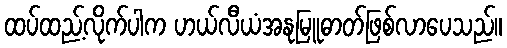
ထပ်ထည့်လိုက်ပါက ဟယ်လီယံအနုမြူဓာတ်ဖြစ်လာပေသည်။